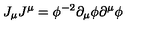
J _ { \mu } J ^ { \mu } = \phi ^ { - 2 } \partial _ { \mu } \phi \partial ^ { \mu } \phi